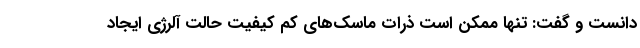
دانست و گفت: تنها ممکن است ذرات ماسک‌های کم کیفیت حالت آلرژی ایجاد